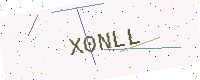
Text: X0NLL